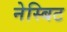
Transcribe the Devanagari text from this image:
नेस्बिट